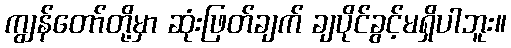
ကျွန်တော်တို့မှာ ဆုံးဖြတ်ချက် ချပိုင်ခွင့်မရှိပါဘူး။